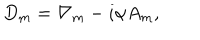
D _ { m } = \nabla _ { m } - i \alpha A _ { m } ,